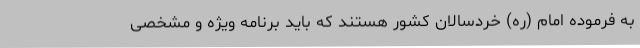
به فرموده امام (ره) خردسالان کشور هستند که باید برنامه ویژه و مشخصی